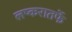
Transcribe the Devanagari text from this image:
लष्करातर्फे